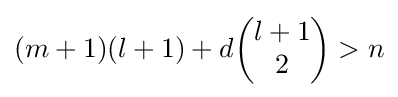
(m+1)(l+1)+d{\begin{pmatrix}l+1\\2\end{pmatrix}}>n